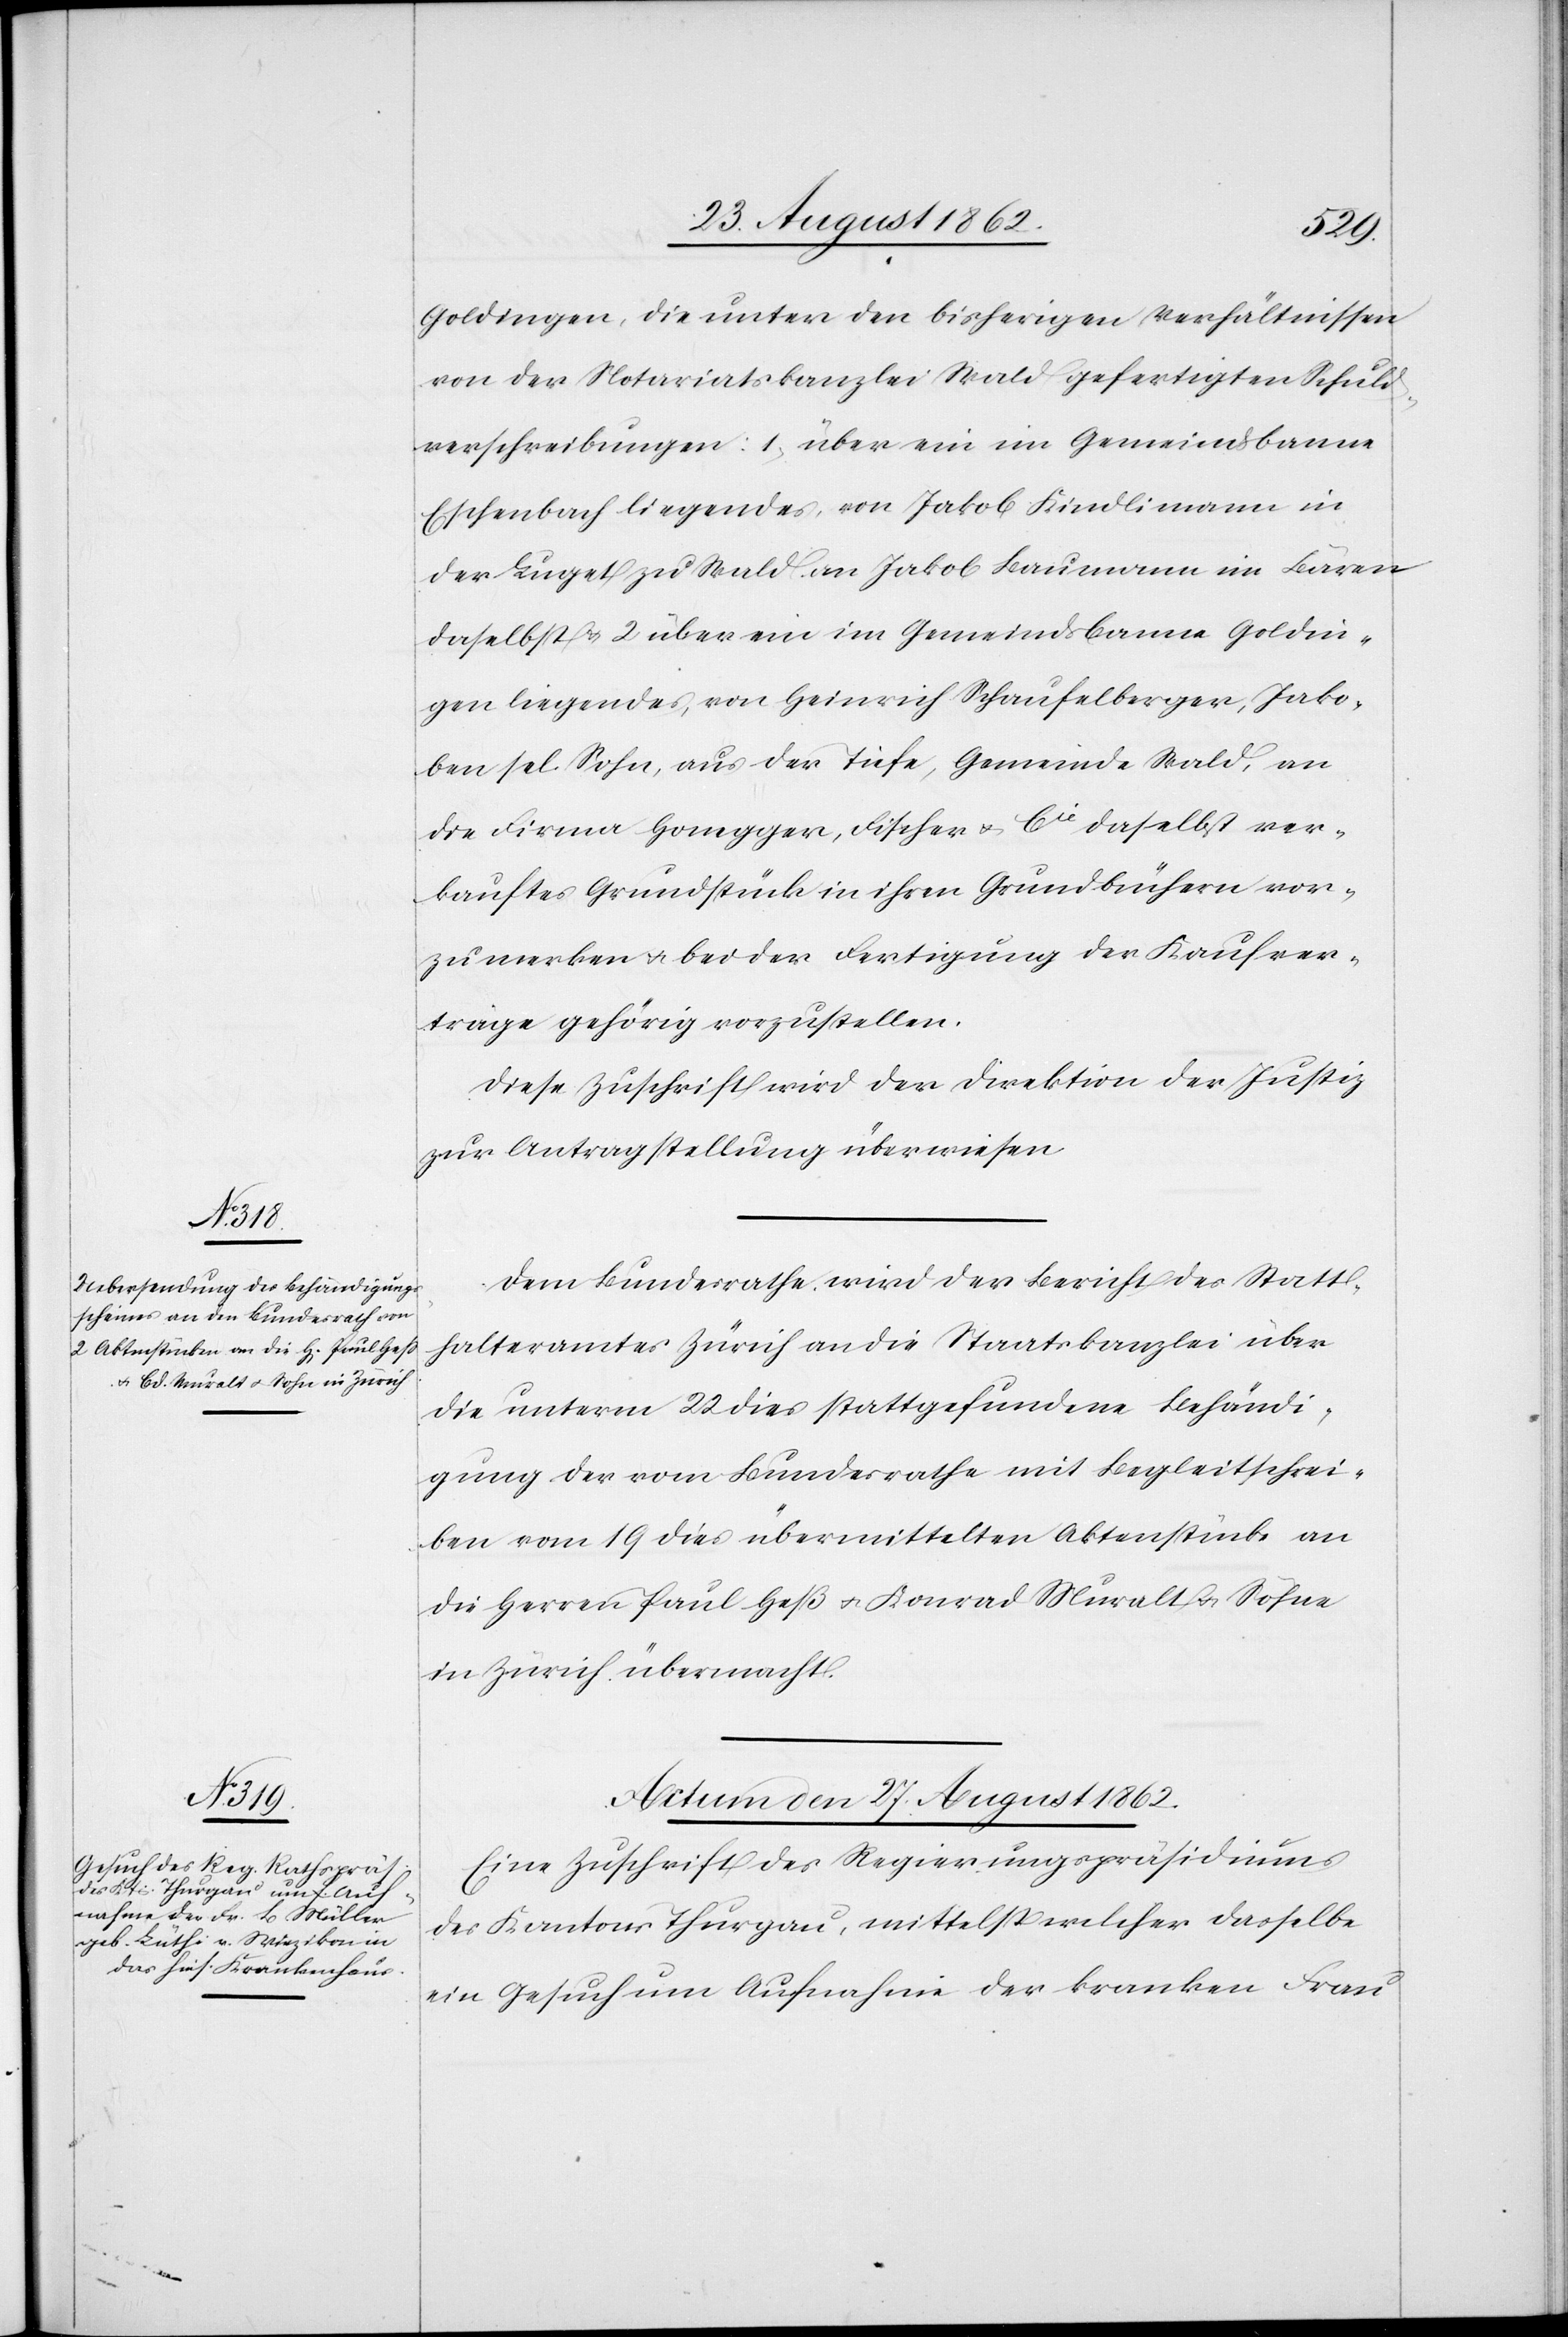
Goldingen, die unter den bisherigen Verhältnissen
von der Notariatskanzlei Wald gefertigten Schuld¬
verschreibungen: 1. über ein im Gemeindsbanne
Eschenbach liegendes, von Jakob Kindlimann in
der Luget zu Wald an Jakob Baumann im Bären
daselbst u. 2. über ein im Gemeindsbanne Goldin¬
gen liegendes, von Heinrich Schaufelberger, Jako¬
ben sel. Sohn, aus der Tiefe, Gemeinde Wald, an
die Firma Honegger, Fischer u. Cie daselbst ver¬
kauftes Grundstück in ihren Grundbüchern vor¬
zumerken u. bei der Fertigung der Kaufver¬
träge gehörig vorzustellen.
Diese Zuschrift wird der Direktion der Justiz
zur Antragstellung überwiesen.
Dem Bundesrathe wird der Bericht des Statt¬
halteramtes Zürich an die Staatskanzlei über
die unterm 22. dies stattgefundene Behändi¬
gung der vom Bundesrathe mit Begleitschrei¬
ben vom 19. dies übermittelten Aktenstücke an
die Herren Paul Heß u. Konrad [sic!] Muralt u. Söhne
in Zürich übermacht.
Actum den 27. August 1862.
Eine Zuschrift des Regierungspräsidiums
des Kantons Thurgau, mittelst welcher dasselbe
ein Gesuch um Aufnahme der kranken Frau